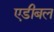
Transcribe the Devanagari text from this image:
एडीबल